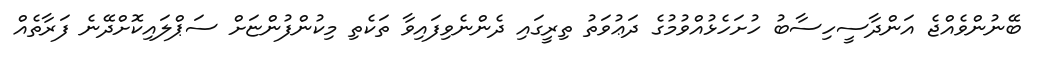
ބޭނުންވެއްޖެ އަންދާސީހިސާބު ހުށަހެޅުއްވުމުގެ ދަޢުވަތު ތިރީގައި ދެންނެވިފައިވާ ތަކެތި މިކުންފުންޏަށް ސަޕްލައިކޮށްދޭނެ ފަރާތެއް